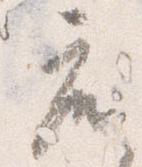
座